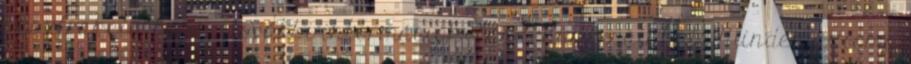
absztrakció' lesz . További információk: lásd 'Kurzusainkat'. Minden axióma